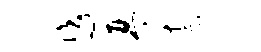
佚~琴柰